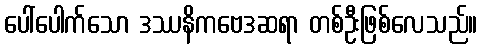
ပေါ်ပေါက်သော ဒဿနိကဗေဒဆရာ တစ်ဦးဖြစ်လေသည်။